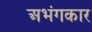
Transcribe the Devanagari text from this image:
अभंगकार